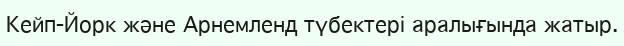
Кейп-Йорк және Арнемленд түбектері аралығында жатыр.